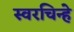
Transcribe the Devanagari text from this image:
स्वरचिन्हे